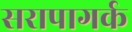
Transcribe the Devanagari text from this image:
सरापागर्क